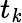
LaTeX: t_{\mathit{k}}